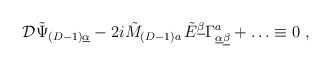
\begin{align*}{\cal D} \tilde{\Psi}_{(D-1)\underline{\alpha}} - 2i \tilde{M}_{(D-1) a}\, \tilde{E}^{\underline{\beta}}\Gamma^a_{\underline{\alpha}\underline{\beta}} + \ldots \equiv 0\; ,\end{align*}